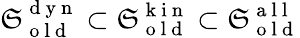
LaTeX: \mathfrak{S}_{\mathrm{{~o~l~d~}}}^{\mathrm{{~d~y~n~}}}\subset\mathfrak{S}_{\mathrm{{~o~l~d~}}}^{\mathrm{{~k~i~n~}}}\subset\mathfrak{S}_{\mathrm{{~o~l~d~}}}^{\mathrm{{~a~l~l~}}}